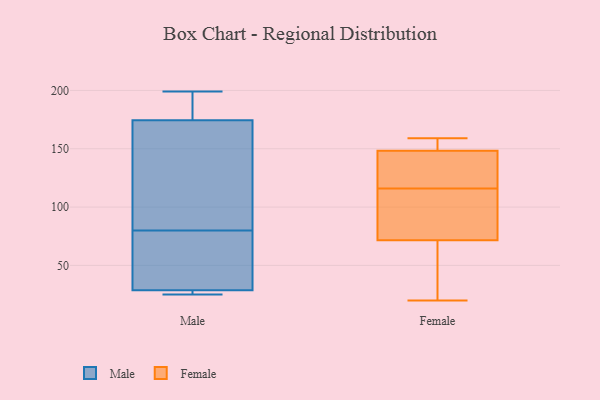
{"axis": {"x": "Net Income (USD K)", "y": "Value"}, "legend": ["Female", "Male"], "data": [{"x": "", "y": 50, "type": "Male"}, {"x": "", "y": 197, "type": "Male"}, {"x": "", "y": 80, "type": "Male"}, {"x": "", "y": 34, "type": "Male"}, {"x": "", "y": 199, "type": "Male"}, {"x": "", "y": 26, "type": "Male"}, {"x": "", "y": 183, "type": "Male"}, {"x": "", "y": 149, "type": "Male"}, {"x": "", "y": 126, "type": "Male"}, {"x": "", "y": 25, "type": "Male"}, {"x": "", "y": 27, "type": "Male"}, {"x": "", "y": 94, "type": "Female"}, {"x": "", "y": 32, "type": "Female"}, {"x": "", "y": 116, "type": "Female"}, {"x": "", "y": 20, "type": "Female"}, {"x": "", "y": 159, "type": "Female"}, {"x": "", "y": 150, "type": "Female"}, {"x": "", "y": 64, "type": "Female"}, {"x": "", "y": 159, "type": "Female"}, {"x": "", "y": 143, "type": "Female"}, {"x": "", "y": 138, "type": "Female"}, {"x": "", "y": 114, "type": "Female"}]}